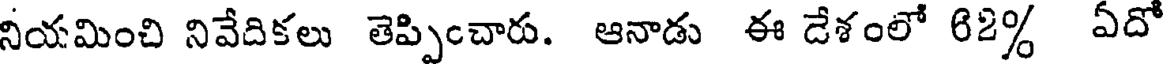
నియమించి నివేదికలు తెప్పించారు. ఆనాడు ఈ డేశంలో 62% ఏదో